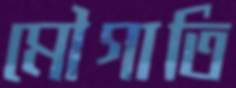
মৌগাতি